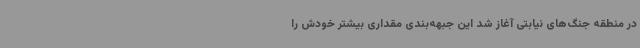
در منطقه جنگ‌های نیابتی آغاز شد این جبهه‌بندی مقداری بیشتر خودش را